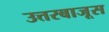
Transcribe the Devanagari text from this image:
उत्तरबाजूस